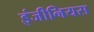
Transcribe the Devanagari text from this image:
इंजीनियस